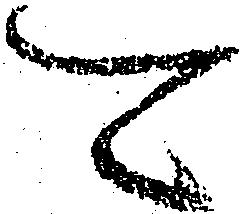
可